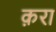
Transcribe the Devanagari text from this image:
क़रा